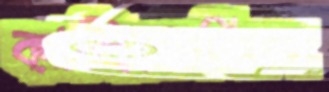
কাশিতেছিলে